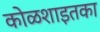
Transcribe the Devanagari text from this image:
कोळशाइतका